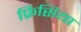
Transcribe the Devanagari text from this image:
फ्रिसिया